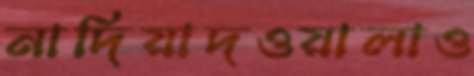
নাদিয়াদওয়ালাও